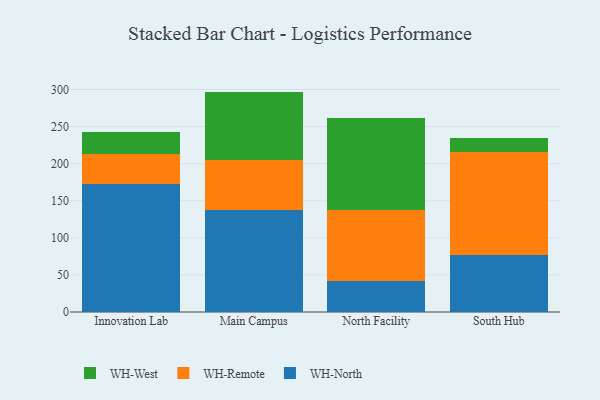
{"axis": {"x": "Campus", "y": "Backlog"}, "legend": ["WH-North", "WH-Remote", "WH-West"], "data": [{"x": "Innovation Lab", "y": 172.8, "type": "WH-North"}, {"x": "Innovation Lab", "y": 39.9, "type": "WH-Remote"}, {"x": "Innovation Lab", "y": 29.8, "type": "WH-West"}, {"x": "Main Campus", "y": 137.5, "type": "WH-North"}, {"x": "Main Campus", "y": 67.1, "type": "WH-Remote"}, {"x": "Main Campus", "y": 92.6, "type": "WH-West"}, {"x": "North Facility", "y": 41.8, "type": "WH-North"}, {"x": "North Facility", "y": 95.3, "type": "WH-Remote"}, {"x": "North Facility", "y": 124.5, "type": "WH-West"}, {"x": "South Hub", "y": 77.3, "type": "WH-North"}, {"x": "South Hub", "y": 137.8, "type": "WH-Remote"}, {"x": "South Hub", "y": 19.3, "type": "WH-West"}]}